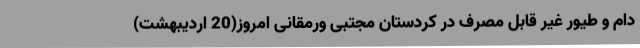
دام و طیور غیر قابل مصرف در کردستان مجتبی ورمقانی امروز(20 اردیبهشت)